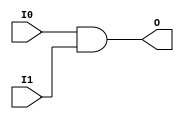
// $Header: /devl/xcs/repo/env/Databases/CAEInterfaces/verunilibs/data/uni9000/AND2.v,v 1.4 2007/05/23 20:04:50 patrickp Exp $
///////////////////////////////////////////////////////////////////////////////
// Copyright (c) 1995/2004 Xilinx, Inc.
// All Right Reserved.
///////////////////////////////////////////////////////////////////////////////
//   ____  ____
//  /   /\/   /
// /___/  \  /    Vendor : Xilinx
// \   \   \/     Version : 7.1i (H.19)
//  \   \         Description : Xilinx Functional Simulation Library Component
//  /   /                  2-input AND Gate
// /___/   /\     Filename : AND2.v
// \   \  /  \    Timestamp : Thu Mar 25 16:41:26 PST 2004
//  \___\/\___\
//
// Revision:
//    03/23/04 - Initial version.
//    05/23/07 - Changed timescale to 1 ps / 1 ps.

`timescale  1 ps / 1 ps

`celldefine

module AND2 (O, I0, I1);


    output O;

    input  I0, I1;

    and A1 (O, I0, I1);

    specify
	(I0 *> O) = (0, 0);
	(I1 *> O) = (0, 0);
    endspecify

endmodule

`endcelldefine